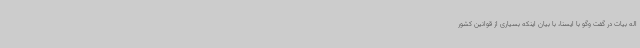
اله بیات در گفت وگو با ایسنا، با بیان اینکه بسیاری از قوانین کشور